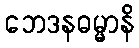
ဘေဒနဓမ္မာနိ